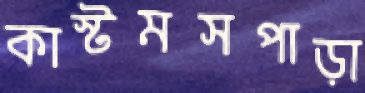
কাস্টমসপাড়া